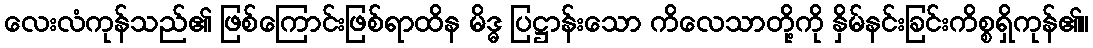
လေးလံကုန်သည်၏ ဖြစ်ကြောင်းဖြစ်ရာထိန မိဒ္ဓ ပြဋ္ဌာန်းသော ကိလေသာတို့ကို နှိမ်နင်းခြင်းကိစ္စရှိကုန်၏။